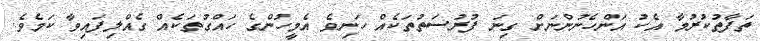
ތަފާތުކުރުމާ އެކު އަންހެނުންނަށް ގިނަ ފުރުސަތުތަކެއް ހަނިވެ އެމީހުންގެ ހައްގުތަކެއް ގެއްލިފައިވާ ކަމެވެ.